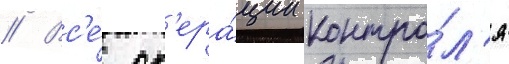
// Вс'е́ оп'ера́ции контро́л'я